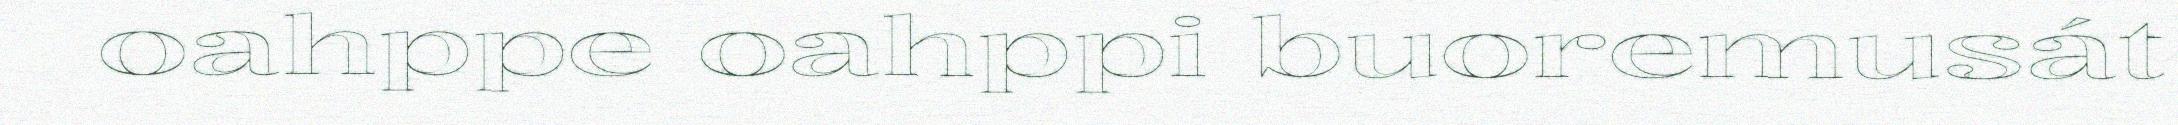
oahppe oahppi buoremusát